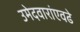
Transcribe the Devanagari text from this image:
उमेदवारांएवढे